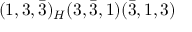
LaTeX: ( 1 , 3 , { \bar { 3 } } ) _ { H } ( 3 , { \bar { 3 } } , 1 ) ( { \bar { 3 } } , 1 , 3 )